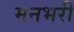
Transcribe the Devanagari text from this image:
मनभरी